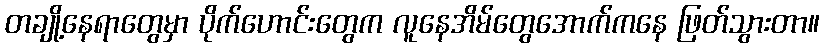
တချို့နေရာတွေမှာ ပိုက်ဟောင်းတွေက လူနေအိမ်တွေအောက်ကနေ ဖြတ်သွားတာ။